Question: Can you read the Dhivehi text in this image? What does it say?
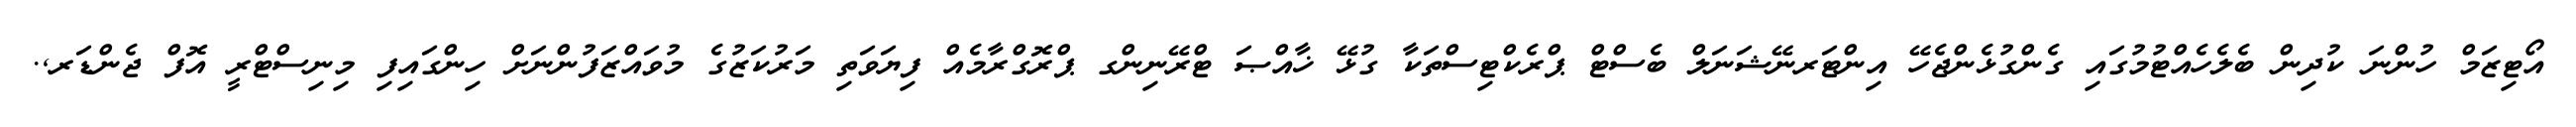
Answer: އޯޓިޒަމް ހުންނަ ކުދިން ބެލެހެއްޓުމުގައި ގެންގުޅެންޖެހޭ އިންޓަރނޭޝަނަލް ބެސްޓް ޕްރެކްޓިސްތަކާ ގުޅޭ ޚާއްޞަ ޓްރޭނިންގ ޕްރޮގްރާމެއް ފިޔަވަތި މަރުކަޒުގެ މުވައްޒަފުންނަށް ހިންގައިފި މިނިސްޓްރީ އޮފް ޖެންޑަރ,.